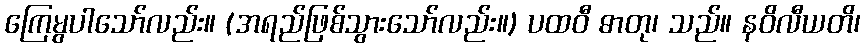
ကြေမွပါသော်လည်း။ (အရည်ဖြစ်သွားသော်လည်း။) ပထဝီ ဓာတု၊ သည်။ နဝိလီယတိ၊